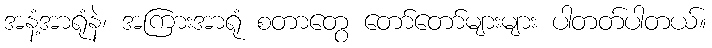
အနံ့အာရုံနဲ၊ အကြားအာရုံ စတာတွေ တော်တော်များများ ပါတတ်ပါတယ်။